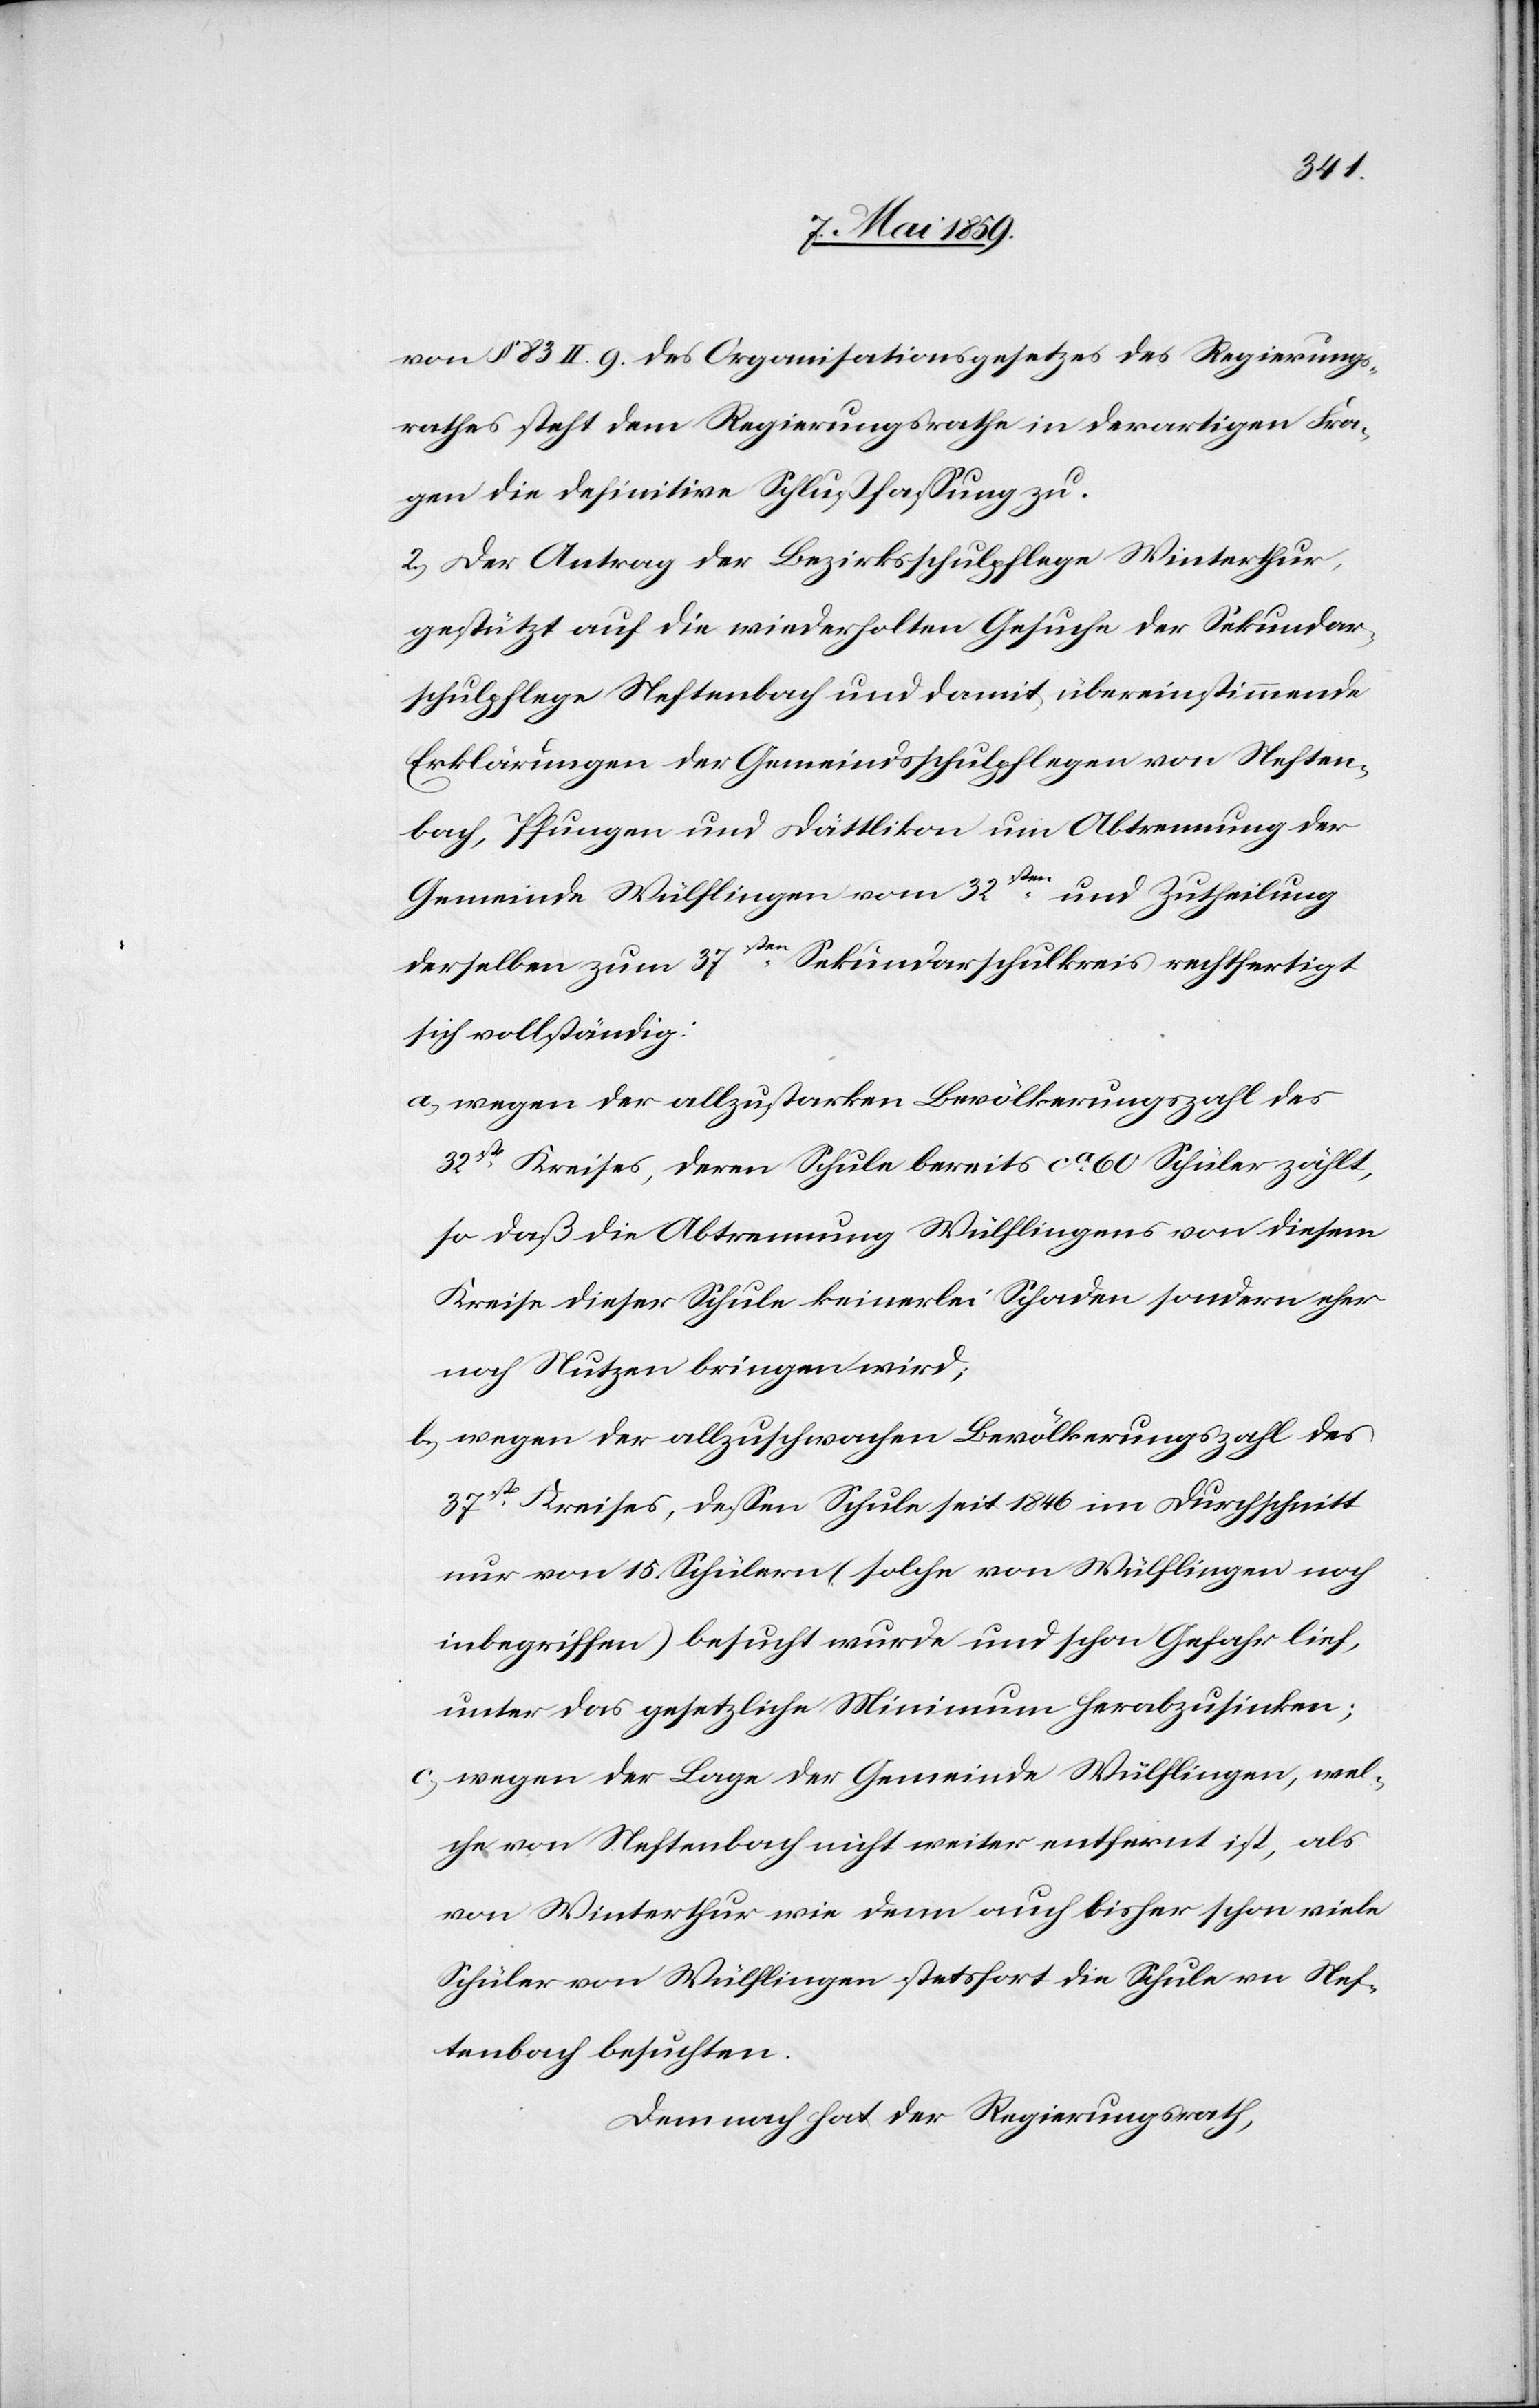
von § 83 II. 9. des Organisationsgesetzes des Regierungs¬
rathes steht dem Regierungsrathe in derartigen Fra¬
gen die definitive Schlußfaßung zu.
2) Der Antrag der Bezirksschulpflege Winterthur,
gestützt auf die wiederholten Gesuche der Sekundar¬
schulpflege Neftenbach und damit übereinstimmende
Erklärungen der Gemeindsschulpflegen von Neften¬
bach, Pfungen und Dättlikon um Abtrennung der
Gemeinde Wülflingen vom 32sten und Zutheilung
derselben zum 37sten Sekundarschulkreis rechtfertigt
sich vollständig:
a) wegen der allzustarken Bevölkerungszahl des
32st Kreises, deren Schule bereits ca 60 Schüler zählt,
so daß die Abtrennung Wülflingens von diesem
Kreise dieser Schule keinerlei Schaden sondern eher
noch Nutzen bringen wird;
b) wegen der allzuschwachen Bevölkerungszahl des
37st Kreises, deßen Schule seit 1846 im Durchschnitt
nur von 15. Schülern (solche von Wülflingen noch
inbegriffen) besucht wurde und schon Gefahr lief,
unter das gesetzliche Minimum herabzusinken;
c) wegen der Lage der Gemeinde Wülflingen, wel¬
che von Neftenbach nicht weiter entfernt ist, als
Schüler von Wülflingen stetsfort die Schule v[o]n Nef¬
tenbach besuchten.
Demnach hat der Regierungsrath,